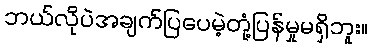
ဘယ်လိုပဲအချက်ပြပေမဲ့တုံ့ပြန်မှုမရှိဘူး။